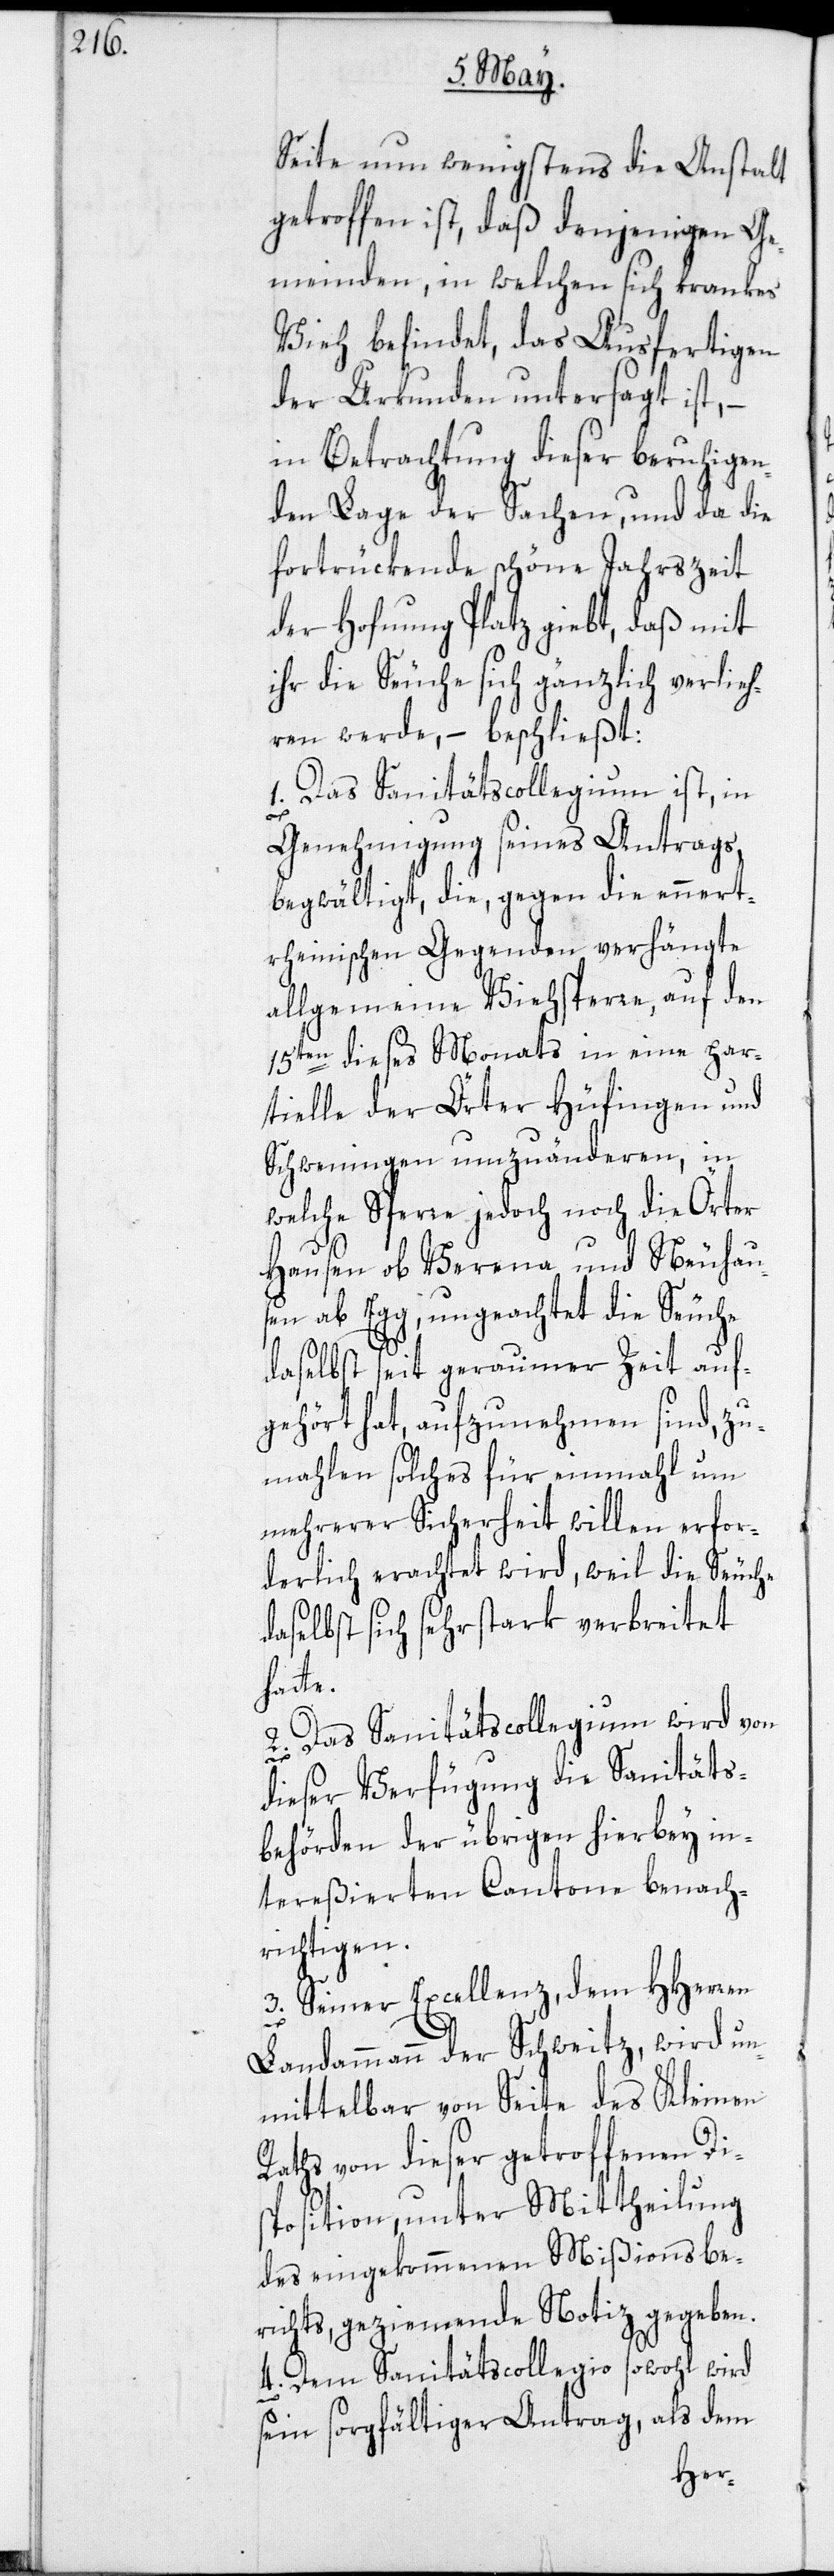
Seite nun wenigstens die Anstalt
getroffen ist, daß denjenigen Ge¬
meinden, in welchen sich krankes
Vieh befindet, das Ausfertigen
der Urkunden untersagt ist, –
in Betrachtung dieser beruhigen¬
den Lage der Sachen, und da die
fortrückende schöne Jahrszeit
der Hofnung Platz giebt, daß mit
ihr die Seuche sich gänzlich verlieh¬
ren werde, – beschließt:
1. Das Sanitätscollegium ist, in
Genehmigung seines Antrags,
begwältigt, die, gegen die ennert¬
rheinischen Gegenden verhängte
allgemeine Viehsperre, auf den
15ten dieses Monats in eine par¬
tielle der Örter Hüfingen und
Schweningen umzuänderen, in
welche Sperre jedoch noch die Örter
Hausen ob Verena und Neuhau¬
sen ab Egg, ungeachtet die Seuche
daselbst seit geraumer Zeit auf¬
gehört hat, aufzunehmen sind, zu¬
mahlen solches für einmahl um
mehrerer Sicherheit willen erfor¬
derlich erachtet wird, weil die Seuche
daselbst sich sehr stark verbreitet
hatte.
2. Das Sanitätscollegium wird von
dieser Verfügung die Sanitäts¬
behörden der übrigen hierbey in¬
tereßierten Cantone benach¬
richtigen.
3. Seiner Excellenz, dem HHerren
Landammann der Schweitz, wird un¬
mittelbar von Seite des Kleinen
Raths von dieser getroffenen Dis¬
position, unter Mittheilung
des eingekommenen Mißionsbe¬
richts, geziemende Notiz gegeben.
4. Dem Sanitätscollegio sowohl wird
sein sorgfältiger Antrag, als dem